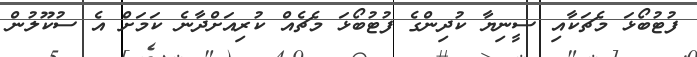
ފުޓުބޯޅަ މެޗަކާއި ސީނިޔާ ކުދިންގެ ފުޓުބޯޅަ މެޗެއް ކުރިއަށްދާނެ ކަމަށް އެ ސުކޫލުން